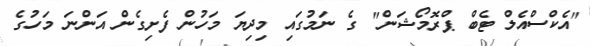
"އެކްސްއެލް ޓެބް ޕްރޮމޯޝަން" ގެ ނަމުގައި މިދިޔަ މަހުން ފެށިގެން އަންނަ މަހުގެ